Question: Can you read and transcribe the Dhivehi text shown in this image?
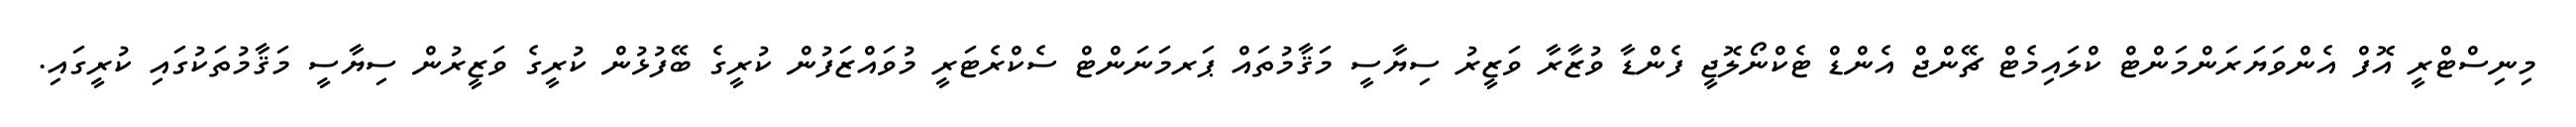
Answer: މިނިސްޓްރީ އޮފް އެންވަޔަރަންމަންޓް ކްލައިމެޓް ޗޭންޖް އެންޑް ޓެކްނޯލޮޖީ ފެންޑާ ވުޒާރާ ވަޒީރު ސިޔާސީ މަޤާމުތައް ޕަރމަނަންޓް ސެކްރެޓަރީ މުވައްޒަފުން ކުރީގެ ބޭފުޅުން ކުރީގެ ވަޒީރުން ސިޔާސީ މަޤާމުތަކުގައި ކުރީގައި.